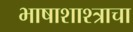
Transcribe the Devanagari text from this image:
भाषाशाश्त्राचा